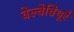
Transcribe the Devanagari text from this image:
वेल्वेत्तिथूरै